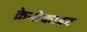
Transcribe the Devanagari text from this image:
क्रेनोकाइट